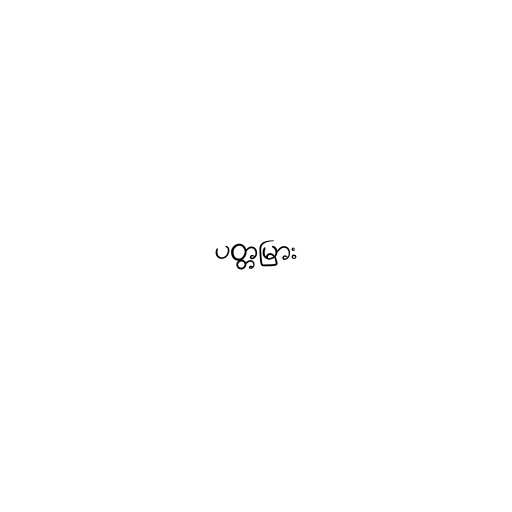
ပတ္တမြား